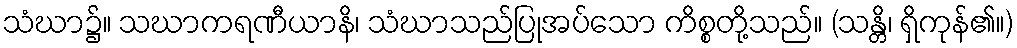
သံဃာ၌။ သဃာကရဏီယာနိ၊ သံဃာသည်ပြုအပ်သော ကိစ္စတို့သည်။ (သန္တိ၊ ရှိကုန်၏။)